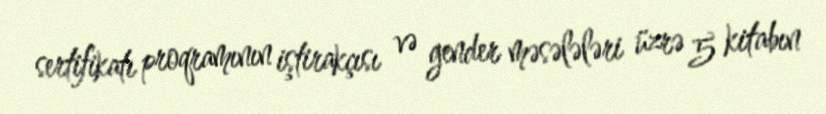
sertifikatı proqramının iştirakçısı və gender məsələləri üzrə 5 kitabın